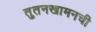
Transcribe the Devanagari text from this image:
तुतनखामनची